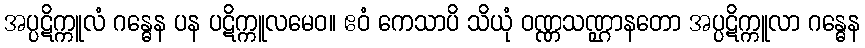
အပ္ပဋိက္ကူလံ ဂန္ဓေန ပန ပဋိက္ကူလမေဝ။ ဧဝံ ကေသာပိ သိယုံ ဝဏ္ဏသဏ္ဌာနတော အပ္ပဋိက္ကူလာ ဂန္ဓေန